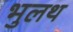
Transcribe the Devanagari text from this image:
भुलथ